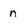
Character: n